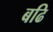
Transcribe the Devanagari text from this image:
बढि